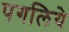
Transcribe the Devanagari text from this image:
पगलिये